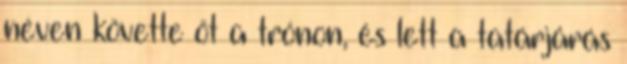
néven követte őt a trónon, és lett a tatárjárás